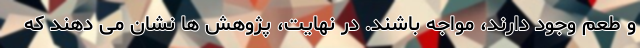
و طعم وجود دارند، مواجه باشند. در نهایت، پژوهش ها نشان می دهند که